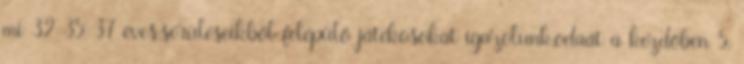
mi 32-35-37 éves,sérüléseikből felépülő játékosokat igazolunk,odaát a kezdőben 5,